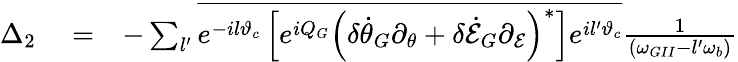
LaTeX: \begin{array}{rlr}{\Delta_{2}}&{{}=}&{-\sum_{l^{\prime}}\overline{{e^{-il\vartheta_{c}}\left[e^{iQ_{G}}\left(\delta\dot{\theta}_{G}\partial_{\theta}+\delta\dot{\cal E}_{G}\partial_{\cal E}\right)^{*}\right]e^{il^{\prime}\vartheta_{c}}}}\frac{1}{(\omega_{GII}-l^{\prime}\omega_{b})}}\end{array}